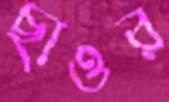
ছাওর